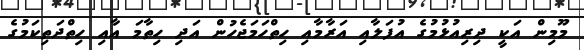
މޫމިން އަކީ ދިރިއުޅުމުގެ އުފަލާއި އަރާމާއި ހިތްހަމަޖެހުން އަދި ހިތާމަ އާއި ހިތްދަތިކަމުގެ